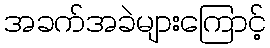
အခက်အခဲများကြောင့်